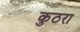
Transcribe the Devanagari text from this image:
कुठरा